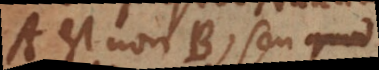
A est non-B, seu quoddam